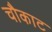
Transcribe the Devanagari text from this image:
चौकाट